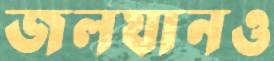
জলযানও